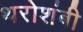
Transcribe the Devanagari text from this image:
थरोशंबी